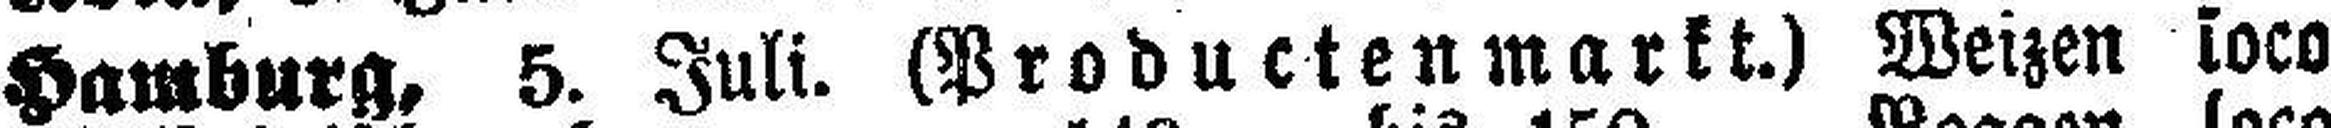
Hamburg, 5. Juli. (Productenmarkt.) Weizen loco